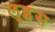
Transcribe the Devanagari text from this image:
लुइंस